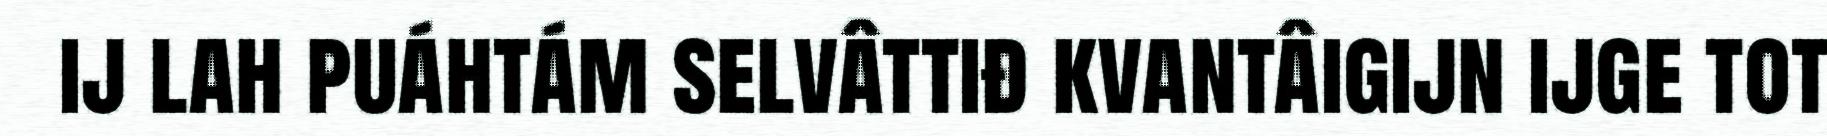
ij lah puáhtám selvâttiđ kvantâigijn ijge tot